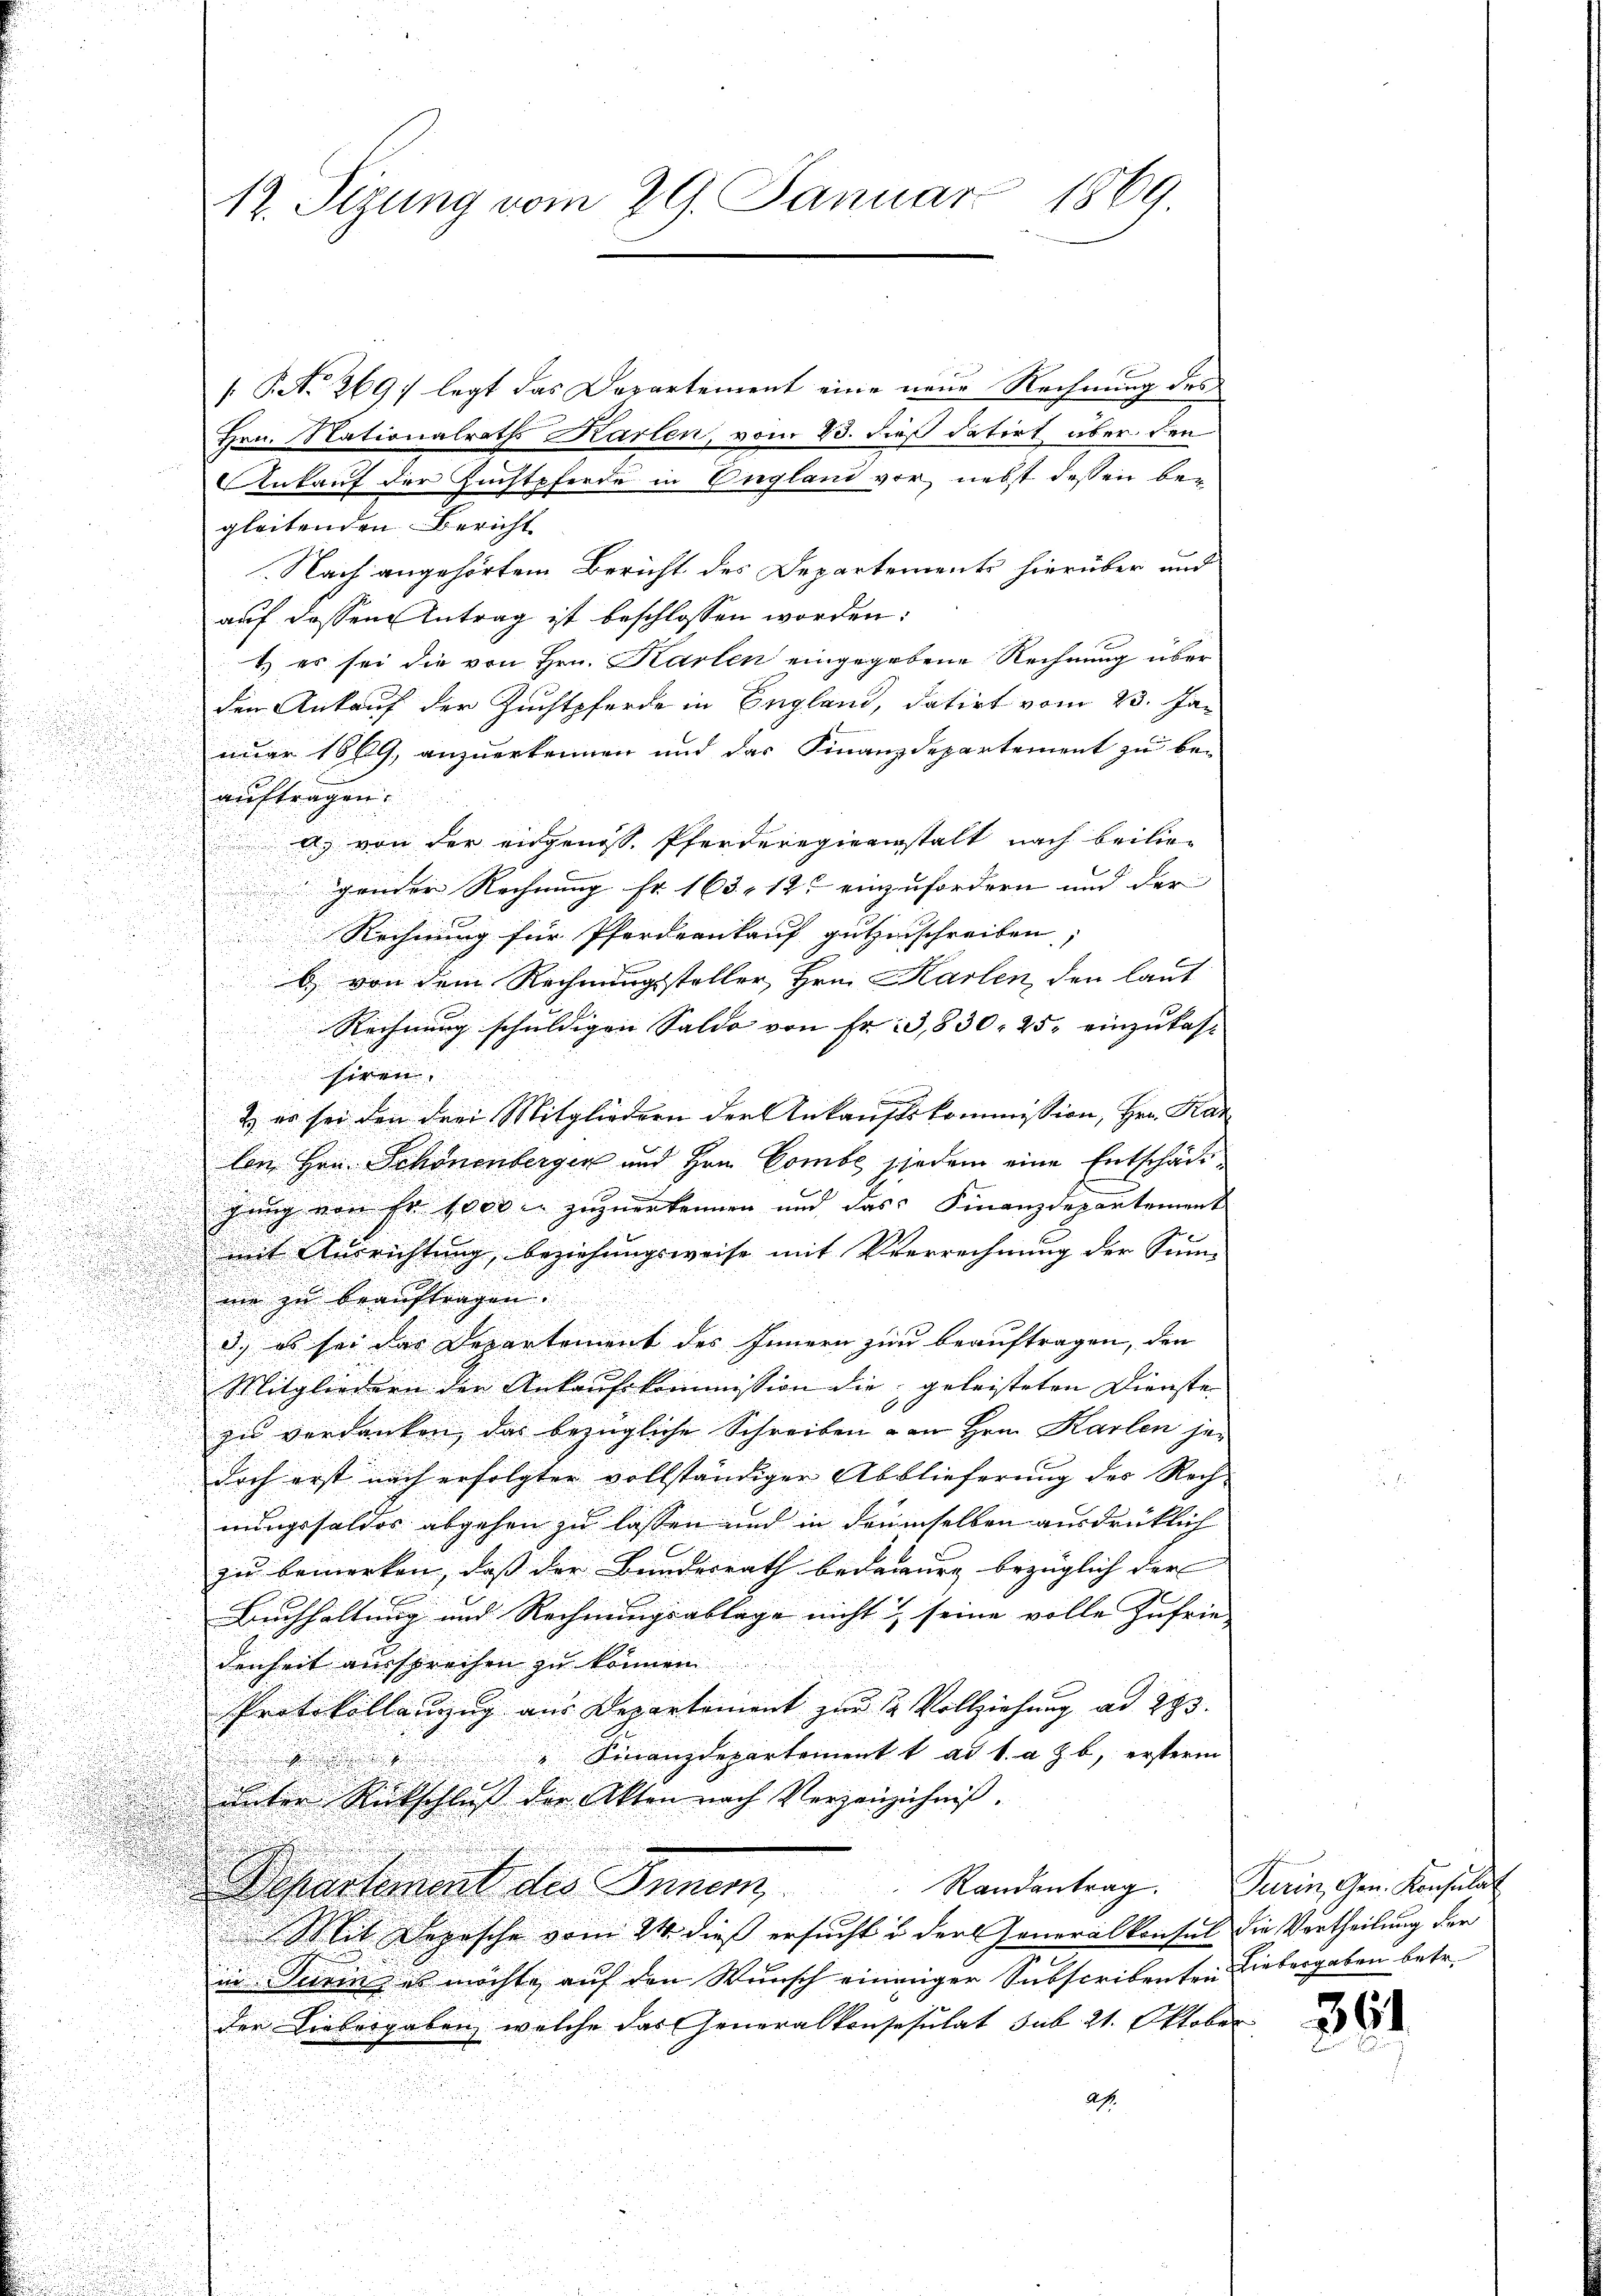
[ P. No 269. legt das Departement eine neue Rechnung des
Hrn. Nationalraths Karlen, vom 23. dieß datirt über den
Ankauf der Zuchtpferde in England vor nebst dessen be-
gleitenden Bericht
Nach angehörtem Bericht des Departements hierüber und
auf dessen Antrag ist beschlossen worden:
1.) es sei die von Hrn. Karten eingegebene Rechnung über
den Ankauf der Zuchtpferde in England, datirt vom 23. Januar 1869, anzuerkennen und das Finanzdepartement zu be-

aufträgen.
A. von der angenoss. Pferderegierenstalt nach beilie¬
u
.

gender Rechnung Fr. 163, 12 einzufordern und der |

u
u
Rechnung für Pferdernkauf gutzuschreiben; |
u
b) von dem Rechnungssteller Hrn. Karten, den laut
Rechnung schuldigen Saldo von Fr. 33,830. 25. einzukas-
siren
u

2. er sei den drei Mitgliedern der Ankaufskommission, Hrn. Kar

.
len Hrn. Schönenberger und Hrn. Combe jedem eine Entschädi¬

gung von Fr. 1000 l. zuzuerkennen und das Finanzdepartement
.
mit Ausrichtung, beziehungsweise mit Verrechnung der Sum-
ni zu beauftragen.
3.) es sei das Departement des Innern zur beauftragen, den
n
Mitgliedern den Ankaufskommission die geleisteten Dienste

zu verdanken, das bezügliche Schreiben & an Hrn. Karlen jedoch erst nach erfolgter vollständiger Abblieferung des Rech-
nungsfeldes abgehen zu lassen und in denselben ausdrücklich
zu bemerken, dass der Bundesrath bedauung bezüglich der |
Buchhaltung und Rechnungsablage nicht & seine volle Zufrie
denheit aussprechen zu können
Protokollanzug aus Departement zur 12 Vollziehung ad 293.
" Finanzdepartement t ad 1. a Z b, ersterm
.
unter Rückschluß der Akten nach Verzeichnis.
Separtement des Inner Standentrag. Darin dem Konsult
 Mit Depesche vom 24. dieß ersucht in der Generalkonsul die Vortheilung der
in Turin, es möchte auf den Wunsch eininger Subscribenten
der Liebergaben welche das Generalkonsesutat sub 21. Oktober
as.

12. Sizung vom 29. Januar 1869.

Liebergaben betr.

361